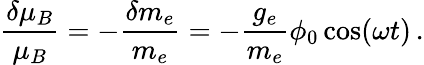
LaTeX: \frac{\delta\mu_{B}}{\mu_{B}}=-\frac{\delta m_{e}}{m_{e}}=-\frac{g_{e}}{m_{e}}\phi_{0}\cos(\omega t)\, .